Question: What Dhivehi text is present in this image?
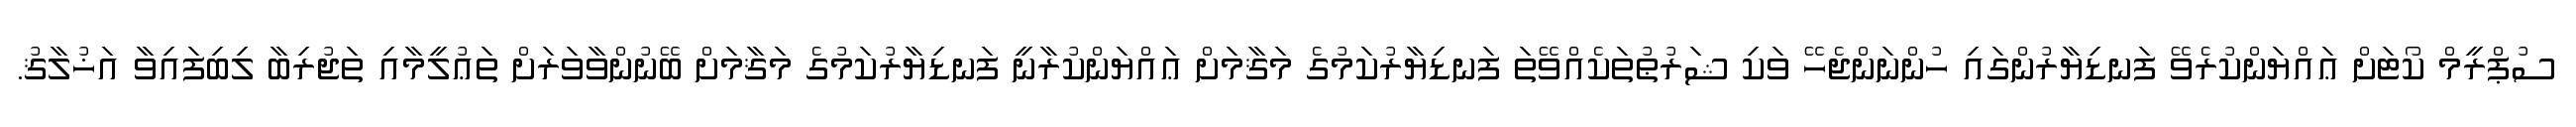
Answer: ސުޕްރީމް ކޯޓަށް ޢައްޔަންކުރެވޭ ފަނޑިޔާރުންގައި ހުންނަންޖެހޭ ވަކި ޝަރުޠުތަކެއްވޭތަ ފަނޑިޔާރުކަމުގެ މަޤާމަށް ޢައްޔަންކުރާނީ ފަނޑިޔާރުކަމުގެ މަޤާމަށް ބޭނުންވާވަރަށް ތަޢުލީމާއި ތަޖުރިބާ ލިބިފައިވާ އަޚުލާޤު.